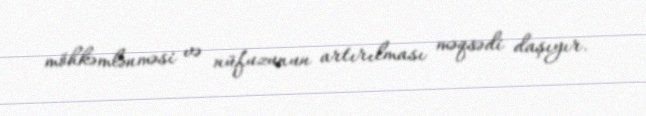
möhkəmlənməsi və nüfuzunun artırılması məqsədi daşıyır.